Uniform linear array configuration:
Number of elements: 12
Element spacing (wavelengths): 0.5
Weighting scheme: hann
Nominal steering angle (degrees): -30
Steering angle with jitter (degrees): -31.928
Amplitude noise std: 0.05
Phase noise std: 0.05

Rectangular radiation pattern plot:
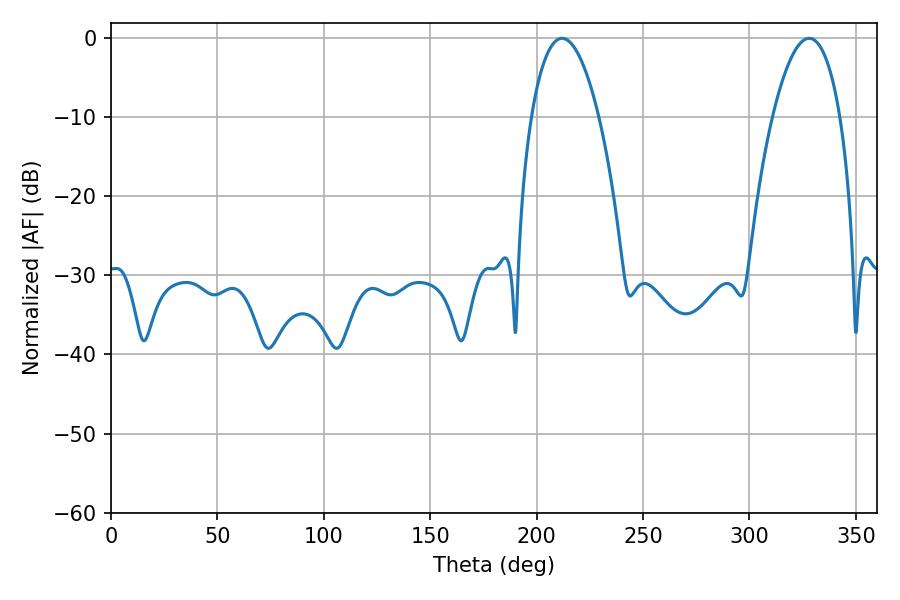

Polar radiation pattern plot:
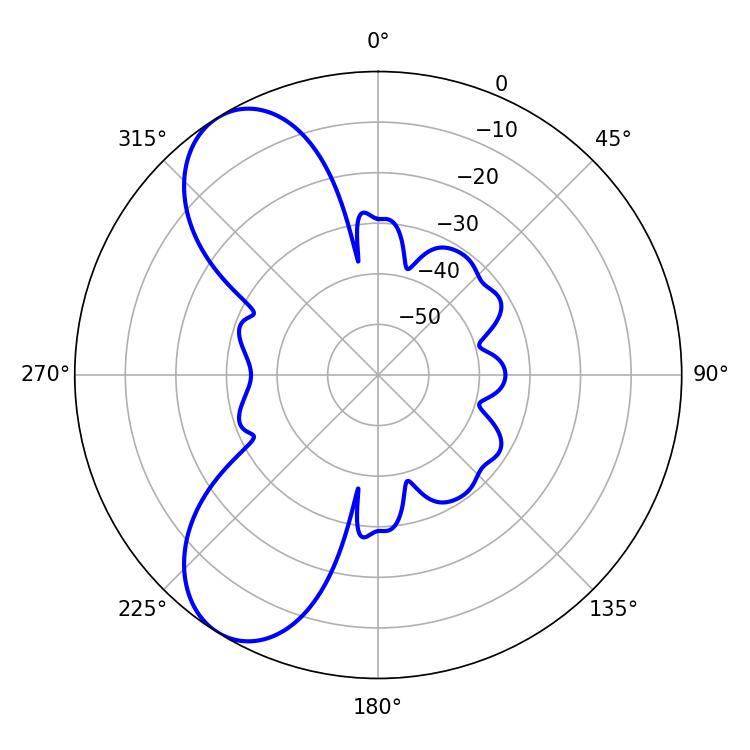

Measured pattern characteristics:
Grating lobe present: FALSE
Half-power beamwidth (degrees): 17.64
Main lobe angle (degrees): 211.86